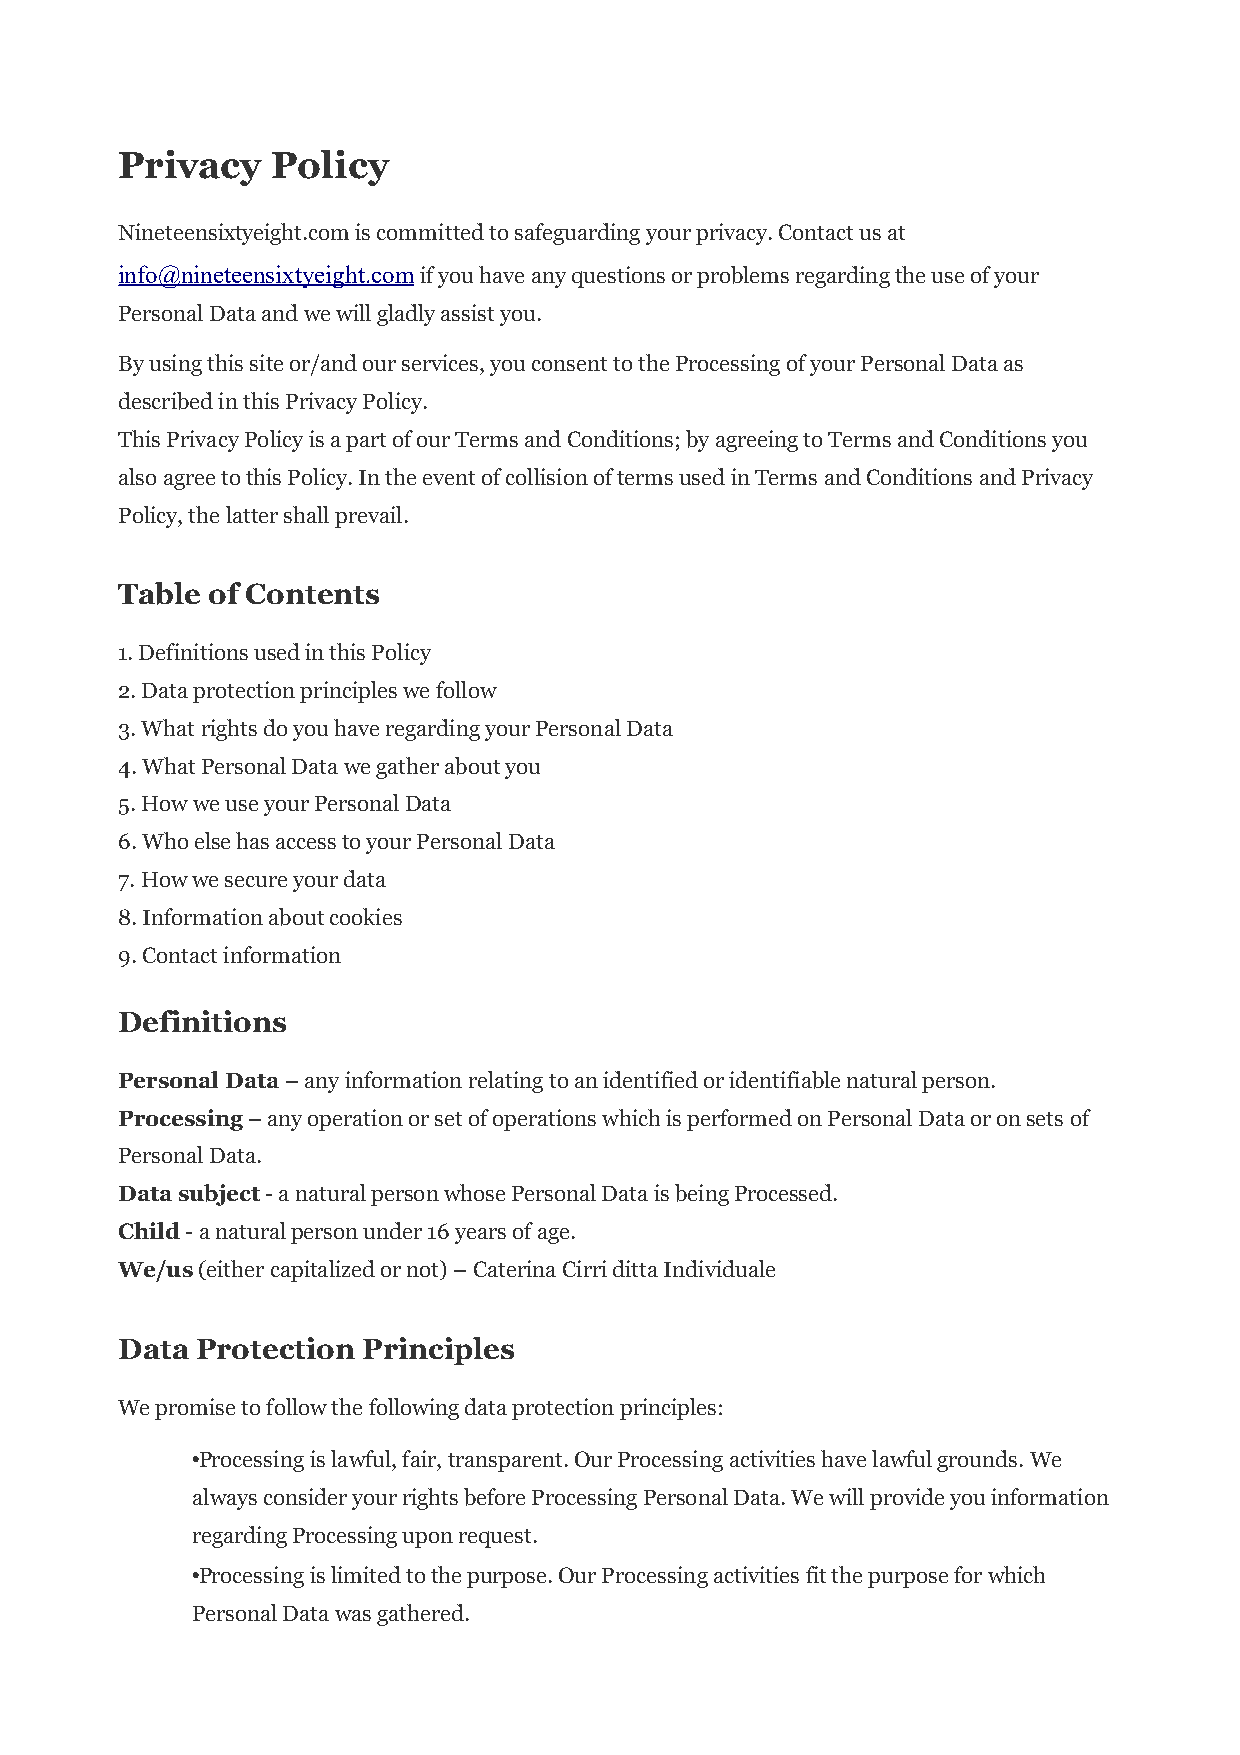
Privacy   Policy
 Nineteensixtyeight.com is committed to safeguarding your privacy. Contact us at
 info@nineteensixtyeight.com if you have any questions or problems regarding the use of your
 Personal Data and we will gladly assist you.
 By using this site or/and our services, you consent to the Processing of your Personal Data as
 described in this Privacy Policy.
 This Privacy Policy is a part of our Terms and Conditions; by agreeing to Terms and Conditions you
 also agree to this Policy. In the event of collision of terms used in Terms and Conditions and Privacy
 Policy, the latter shall prevail.
 Table of Contents
 1. Definitions used in this Policy
 2. Data protection principles we follow
 3. What rights do you have regarding your Personal Data
 4. What Personal Data we gather about you
 5. How we use your Personal Data
 6. Who else has access to your Personal Data
 7. How we secure your data
 8. Information about cookies
 9. Contact information
 Definitions
 Personal Data – any information relating to an identified or identifiable natural person.
 Processing – any operation or set of operations which is performed on Personal Data or on sets of
 Personal Data.
 Data subject - a natural person whose Personal Data is being Processed.
 Child - a natural person under 16 years of age.
 We/us (either capitalized or not) – Caterina Cirri ditta Individuale
 Data Protection Principles
 We promise to follow the following data protection principles:
 •Processing is lawful, fair, transparent. Our Processing activities have lawful grounds. We
 always consider your rights before Processing Personal Data. We will provide you information
 regarding Processing upon request.
 •Processing is limited to the purpose. Our Processing activities fit the purpose for which
 Personal Data was gathered.